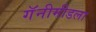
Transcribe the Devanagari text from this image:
गॅनीमीडला